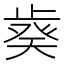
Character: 𣦌